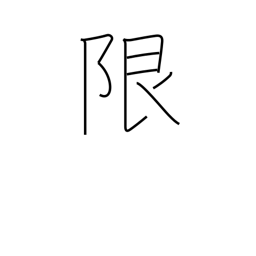
Meaning: limit